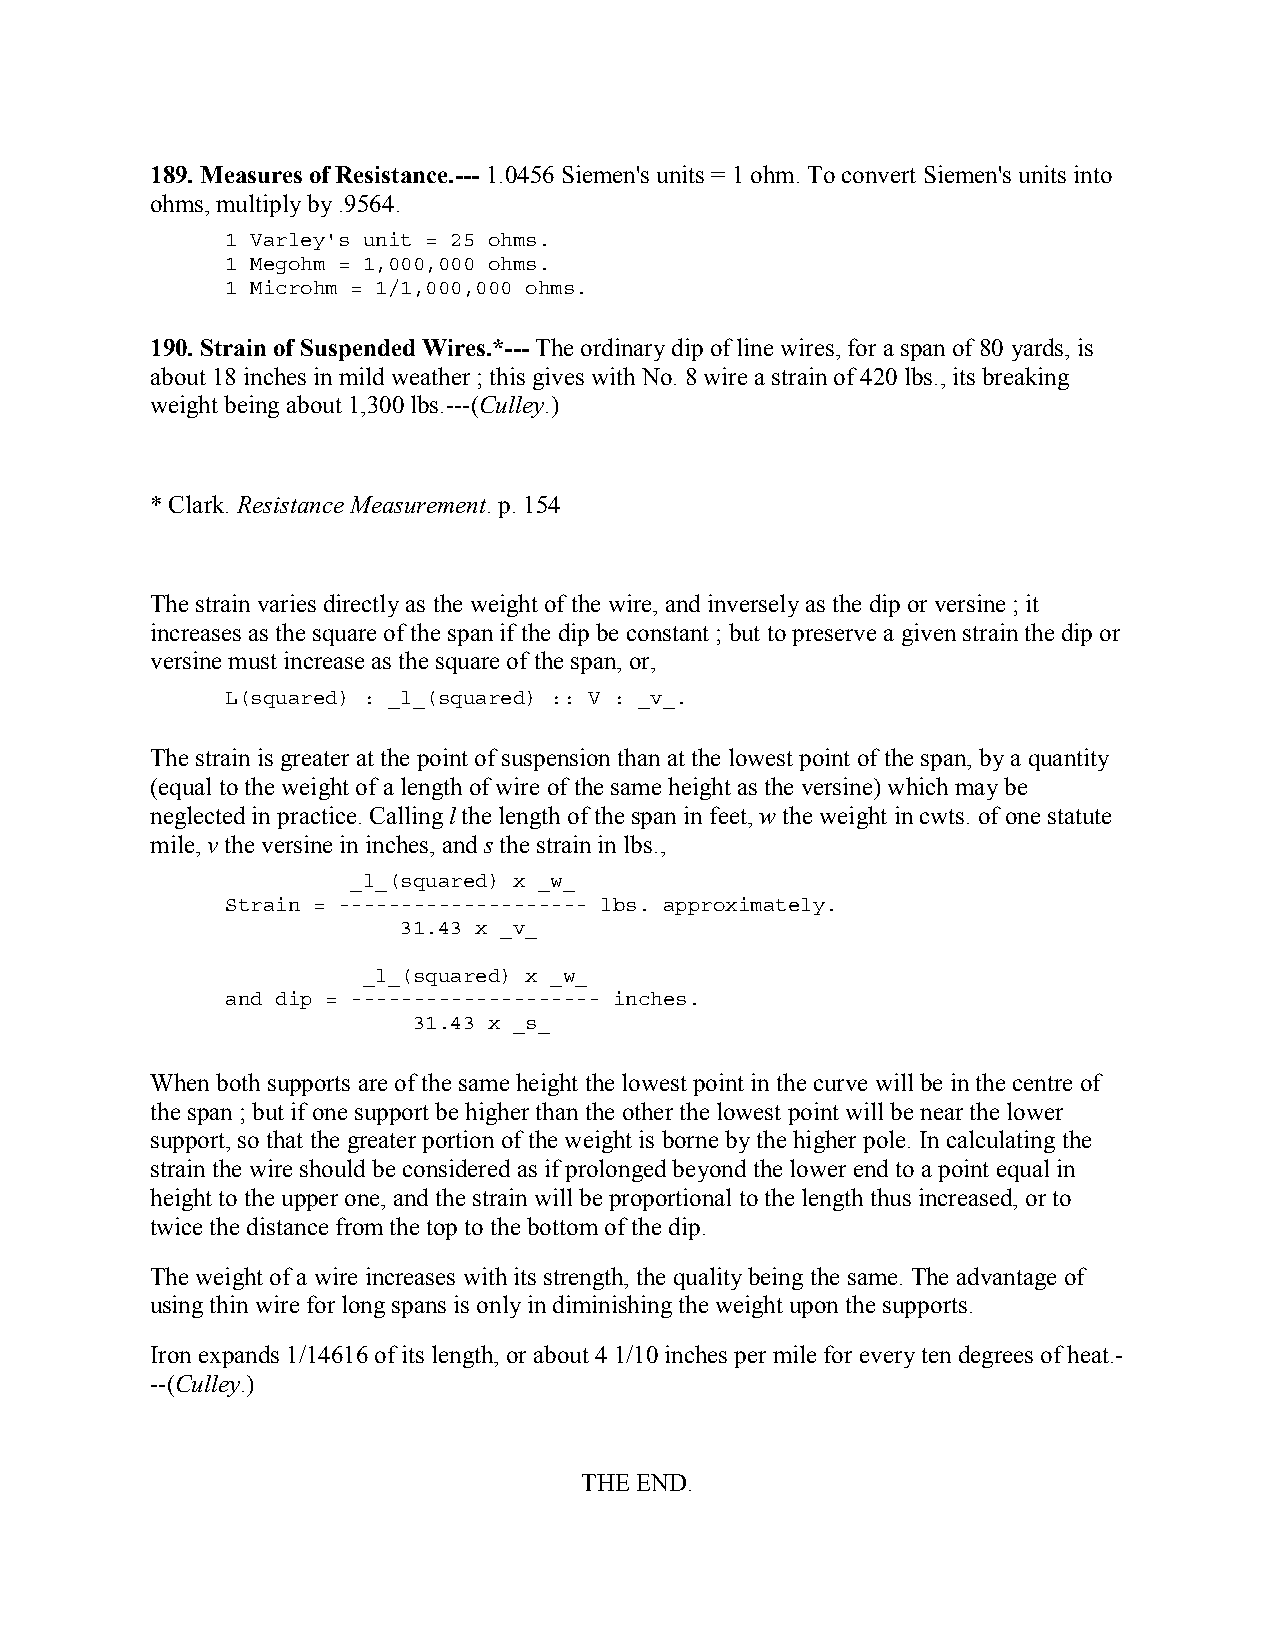
189. Measures of Resistance.--- 1.0456 Siemen's units = 1 ohm. To convert Siemen's units into
 ohms, multiply by .9564.
 1 Varley's unit = 25 ohms.
 1 Megohm = 1,000,000 ohms.
 1 Microhm = 1/1,000,000 ohms.
 190. Strain of Suspended Wires.*--- The ordinary dip of line wires, for a span of 80 yards, is
 about 18 inches in mild weather ; this gives with No. 8 wire a strain of 420 lbs., its breaking
 weight being about 1,300 lbs.---(Culley.)
 * Clark. Resistance Measurement. p. 154
 The strain varies directly as the weight of the wire, and inversely as the dip or versine ; it
 increases as the square of the span if the dip be constant ; but to preserve a given strain the dip or
 versine must increase as the square of the span, or,
 L(squared) : _l_(squared) :: V : _v_.
 The strain is greater at the point of suspension than at the lowest point of the span, by a quantity
 (equal to the weight of a length of wire of the same height as the versine) which may be
 neglected in practice. Calling l the length of the span in feet, w the weight in cwts. of one statute
 mile, v the versine in inches, and s the strain in lbs.,
 _l_(squared) x _w_
 Strain = -------------------- lbs. approximately.
 31.43 x _v_
 _l_(squared) x _w_
 and dip = -------------------- inches.
 31.43 x _s_
 When both supports are of the same height the lowest point in the curve will be in the centre of
 the span ; but if one support be higher than the other the lowest point will be near the lower
 support, so that the greater portion of the weight is borne by the higher pole. In calculating the
 strain the wire should be considered as if prolonged beyond the lower end to a point equal in
 height to the upper one, and the strain will be proportional to the length thus increased, or to
 twice the distance from the top to the bottom of the dip.
 The weight of a wire increases with its strength, the quality being the same. The advantage of
 using thin wire for long spans is only in diminishing the weight upon the supports.
 Iron expands 1/14616 of its length, or about 4 1/10 inches per mile for every ten degrees of heat.-
 --(Culley.)
 THE END.